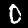
Label: 0